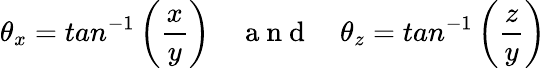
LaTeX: \theta_{x}=tan^{-1}\left(\frac{x}{y}\right)\quad\mathrm{~a~n~d~}\quad\theta_{z}=tan^{-1}\left(\frac{z}{y}\right)